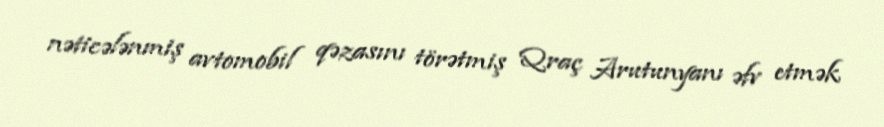
nəticələnmiş avtomobil qəzasını törətmiş Qraç Arutunyanı əfv etmək